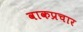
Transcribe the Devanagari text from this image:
वाकप्रचार